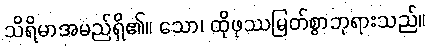
သိရိမာအမည်ရှိ၏။ သော၊ ထိုဖုဿမြတ်စွာဘုရားသည်။